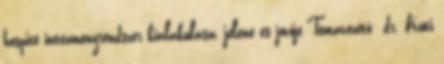
hospice intézményrendszer kialakulása, jelene és jövője Témavezető: dr. Kuti